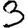
Digit: 3